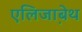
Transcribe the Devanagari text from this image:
एलिजा़बेथ